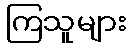
ကြသူများ